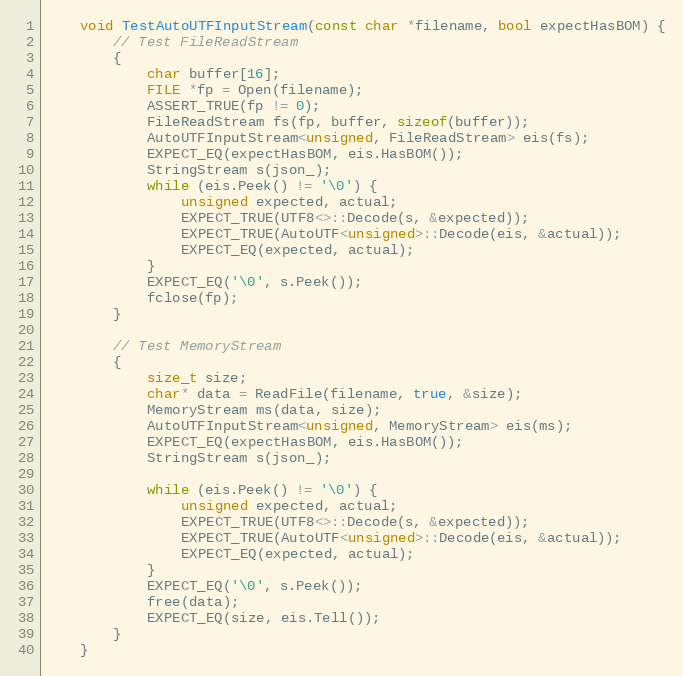
Language: C++
    void TestAutoUTFInputStream(const char *filename, bool expectHasBOM) {
        // Test FileReadStream
        {
            char buffer[16];
            FILE *fp = Open(filename);
            ASSERT_TRUE(fp != 0);
            FileReadStream fs(fp, buffer, sizeof(buffer));
            AutoUTFInputStream<unsigned, FileReadStream> eis(fs);
            EXPECT_EQ(expectHasBOM, eis.HasBOM());
            StringStream s(json_);
            while (eis.Peek() != '\0') {
                unsigned expected, actual;
                EXPECT_TRUE(UTF8<>::Decode(s, &expected));
                EXPECT_TRUE(AutoUTF<unsigned>::Decode(eis, &actual));
                EXPECT_EQ(expected, actual);
            }
            EXPECT_EQ('\0', s.Peek());
            fclose(fp);
        }

        // Test MemoryStream
        {
            size_t size;
            char* data = ReadFile(filename, true, &size);
            MemoryStream ms(data, size);
            AutoUTFInputStream<unsigned, MemoryStream> eis(ms);
            EXPECT_EQ(expectHasBOM, eis.HasBOM());
            StringStream s(json_);

            while (eis.Peek() != '\0') {
                unsigned expected, actual;
                EXPECT_TRUE(UTF8<>::Decode(s, &expected));
                EXPECT_TRUE(AutoUTF<unsigned>::Decode(eis, &actual));
                EXPECT_EQ(expected, actual);
            }
            EXPECT_EQ('\0', s.Peek());
            free(data);
            EXPECT_EQ(size, eis.Tell());
        }
    }